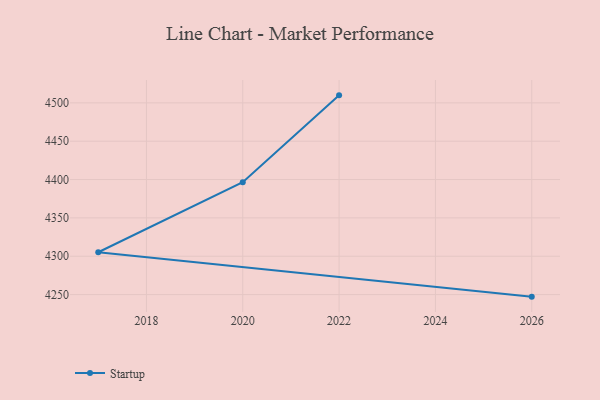
{"axis": {"x": "Year", "y": "Temperature (°C)"}, "legend": ["Startup"], "data": [{"x": "2022", "y": 4509.8, "type": "Startup"}, {"x": "2020", "y": 4396.5, "type": "Startup"}, {"x": "2017", "y": 4305.2, "type": "Startup"}, {"x": "2026", "y": 4247.3, "type": "Startup"}]}